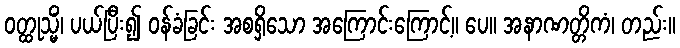
ဝတ္ထုသ္မိံ၊ ပယ်ပြီး၍ ဝန်ခံခြင်း အစရှိသော အကြောင်းကြောင့်။ ပေ။ အနာဏတ္တိကံ၊ တည်း။